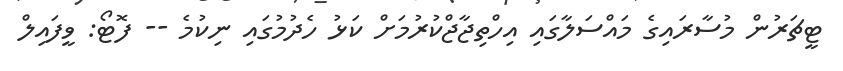
ޓީޗަރުން މުސާރައިގެ މައްސަލާގައި އިހްތިޖާޖްކުރުމަށް ކަޅު ހެދުމުގައި ނިކުމެ -- ފޮޓޯ: ވީފައިލް